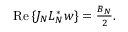
\begin{array} { r } { \operatorname { R e } { \{ J _ { N } L _ { N } ^ { * } w \} } = \frac { B _ { N } } { 2 } . } \end{array}